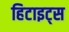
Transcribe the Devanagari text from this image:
हिटाइट्स